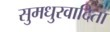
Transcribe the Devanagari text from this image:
सुमधुरवादिता